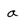
Character: a